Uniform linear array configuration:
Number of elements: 24
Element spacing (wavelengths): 1
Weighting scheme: hann
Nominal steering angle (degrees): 60
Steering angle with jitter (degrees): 61.368
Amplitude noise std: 0.05
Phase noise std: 0.05

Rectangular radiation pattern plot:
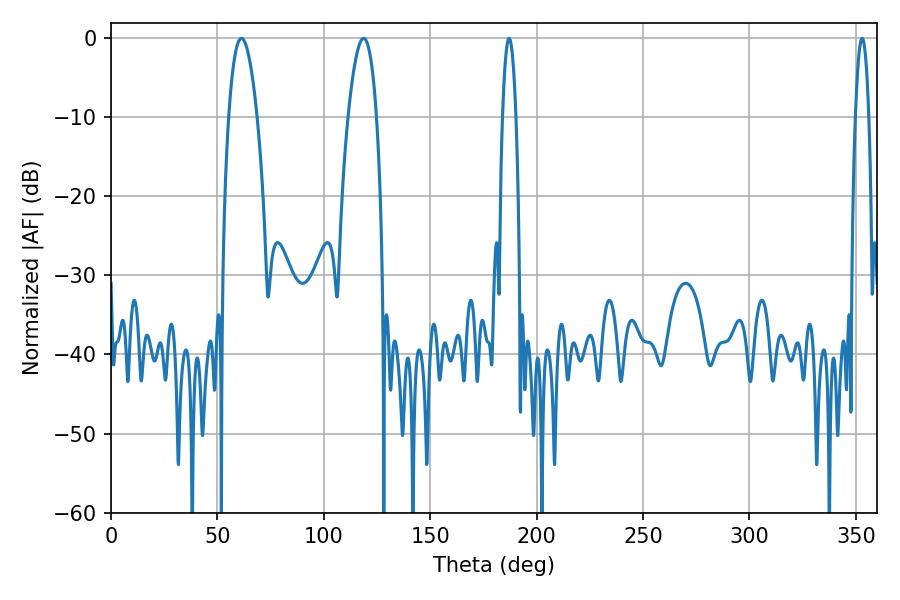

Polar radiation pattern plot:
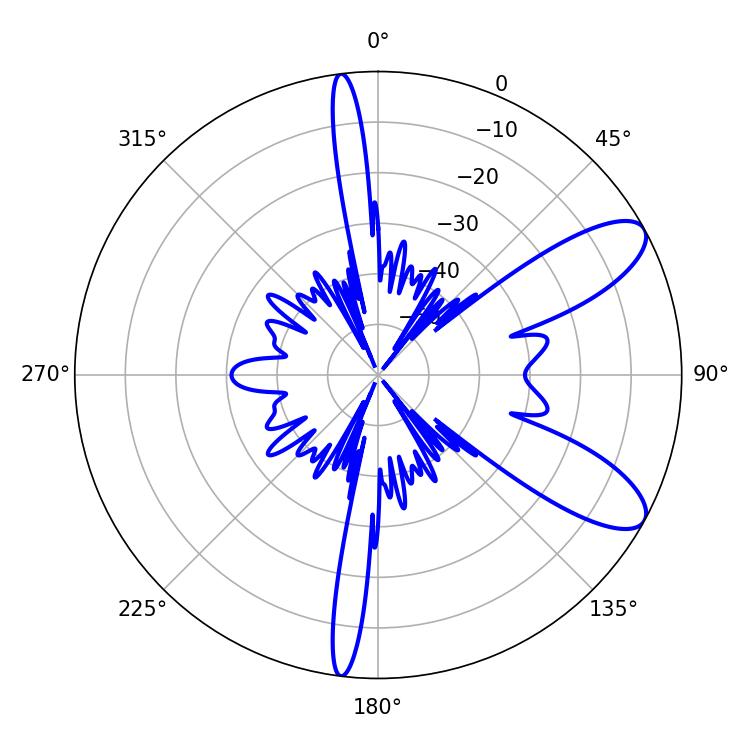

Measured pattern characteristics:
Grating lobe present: TRUE
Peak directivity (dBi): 9.442
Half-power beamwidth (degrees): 3.42
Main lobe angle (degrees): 187.02